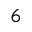
6